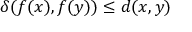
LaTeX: \delta ( f ( x ) , f ( y ) ) \leq d ( x , y )